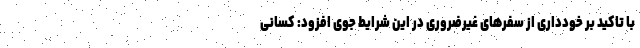
با تاکید بر خودداری از سفرهای غیرضروری در این شرایط جوی افزود: کسانی